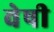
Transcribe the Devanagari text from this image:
वेषी